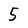
Character: 5